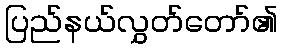
ပြည်နယ်လွှတ်တော်၏